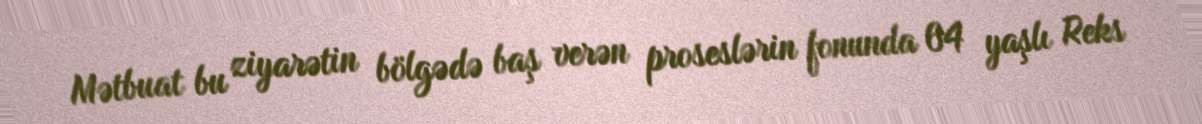
Mətbuat bu ziyarətin bölgədə baş verən proseslərin fonunda 64 yaşlı Reks